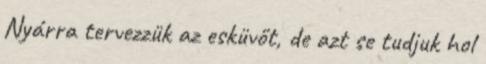
Nyárra tervezzük az esküvőt, de azt se tudjuk hol